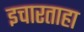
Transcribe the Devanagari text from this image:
इचारताहा